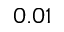
0 . 0 1